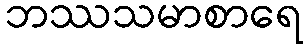
ဘဿသမာစာရေ